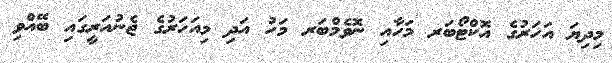
މިދިޔަ އަހަރުގެ އޮކްޓޯބަރ މަހާއި ނޮވެމްބަރ މަހު އަދި މިއަހަރުގެ ޖެނުއަރީގައި ބޭއްވި